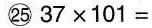
㉕$$2537×101= $$